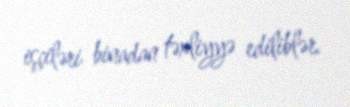
işçiləri binadan təxliyyə ediliblər.